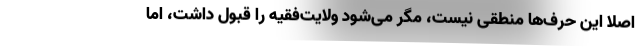
اصلاً این حرف‌ها منطقی نیست، مگر می‌شود ولایت‌فقیه را قبول داشت، اما